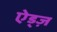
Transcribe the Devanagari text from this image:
ऐड्ज़